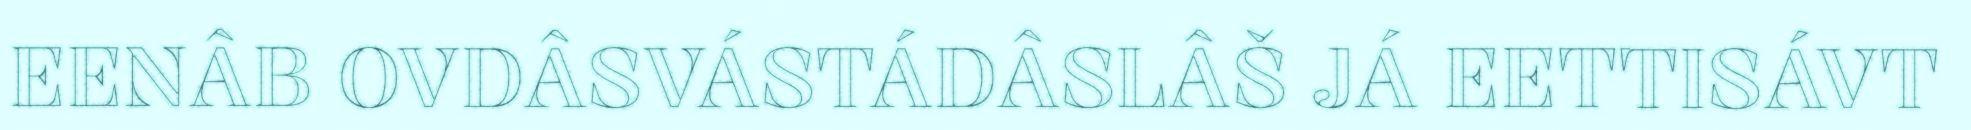
EENÂB OVDÂSVÁSTÁDÂSLÂŠ JÁ EETTISÁVT